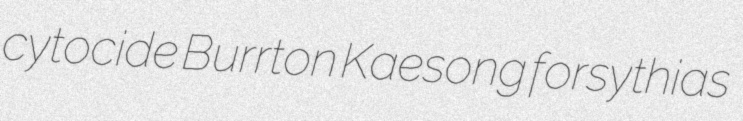
cytocide Burrton Kaesong forsythias